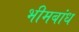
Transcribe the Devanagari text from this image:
भीमबांध